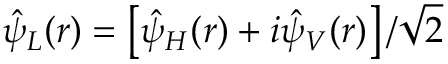
\hat { \psi } _ { L } ( \boldsymbol { r } ) = \left[ \hat { \psi } _ { H } ( \boldsymbol { r } ) + i \hat { \psi } _ { V } ( \boldsymbol { r } ) \right] / \sqrt { 2 }